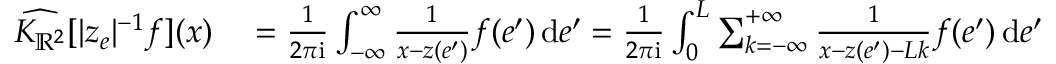
\begin{array} { r l } { \widehat { K _ { \mathbb { R } ^ { 2 } } } [ | z _ { e } | ^ { - 1 } f ] ( x ) } & { { } = \frac 1 { 2 \pi \mathrm { i } } \int _ { - \infty } ^ { \infty } \frac { 1 } { x - z ( e ^ { \prime } ) } f ( e ^ { \prime } ) \, \mathrm { d } e ^ { \prime } = \frac 1 { 2 \pi \mathrm { i } } \int _ { 0 } ^ { L } \sum _ { k = - \infty } ^ { + \infty } \frac { 1 } { x - z ( e ^ { \prime } ) - L k } f ( e ^ { \prime } ) \, \mathrm { d } e ^ { \prime } } \end{array}